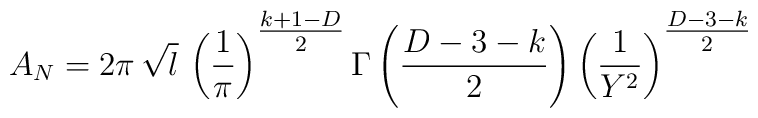
A_{N} = 2\pi \,\sqrt{l} \, \left(\frac{1}{\pi}\right)^{{\textstyle \frac{k+1-D}{2}}}\Gamma\left(\frac{D-3-k}{2}\right)\left(\frac{1}{Y^2}\right)^{{\textstyle \frac{D - 3 - k}{2}}}